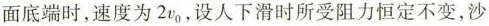
面底端时，速度为2v_{0}，设人下滑时所受阻力恒定不变，沙